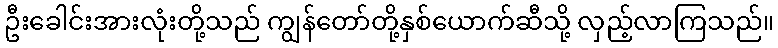
ဦးခေါင်းအားလုံးတို့သည် ကျွန်တော်တို့နှစ်ယောက်ဆီသို့ လှည့်လာကြသည်။